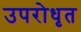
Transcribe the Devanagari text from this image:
उपरोधृत